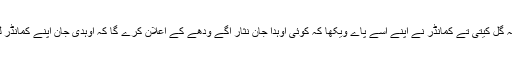
جدوں اوہنے ایہہ گل کیتی تے کمانڈر نے اپنے آسے پاے ویکھا کہ کوئی اوہدا جان نثار اگے ودھے کے اعلان کرے گا کہ اوہدی جان اپنے کمانڈر لئی حاضر ہے ۔